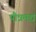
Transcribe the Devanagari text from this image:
पौत्रमद्यं